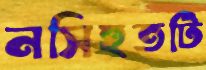
নসিহতটি